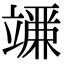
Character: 𬔨